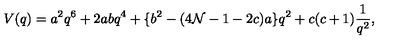
V ( q ) = a ^ { 2 } q ^ { 6 } + 2 a b q ^ { 4 } + \{ b ^ { 2 } - ( 4 { \cal N } - 1 - 2 c ) a \} q ^ { 2 } + c ( c + 1 ) \frac { 1 } { q ^ { 2 } } ,